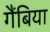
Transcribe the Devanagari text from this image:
गैंबिया